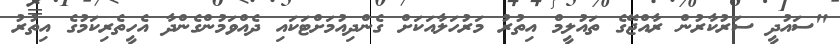
"ސައުދީ ސަރުކާރުން ރާއްޖޭގެ ތައުލީމް އިތުުރު މަރުހަލާއަކަށް ގެންދިއުމަށްޓަކައި ދެއްވަމުންގެންދާ އެހީތެރިކަމުގެ އިތުރު